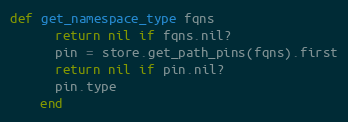
Language: Ruby
def get_namespace_type fqns
      return nil if fqns.nil?
      pin = store.get_path_pins(fqns).first
      return nil if pin.nil?
      pin.type
    end